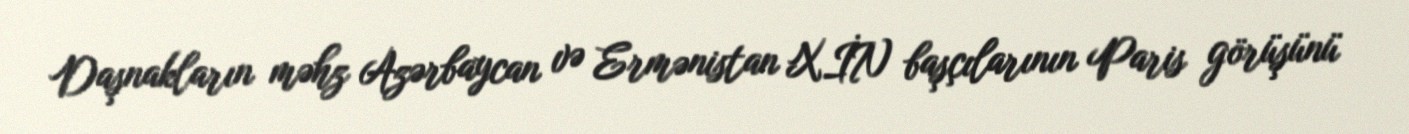
Daşnakların məhz Azərbaycan və Ermənistan XİN başçılarının Paris görüşünü